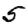
Digit: 5